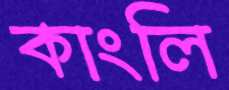
কাংলি